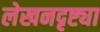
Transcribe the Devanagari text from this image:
लेखनदृष्ट्या